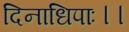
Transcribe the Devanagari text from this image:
दिनाधिपाः।।